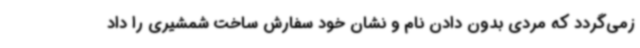
زمی‌گردد که مردی بدون دادن نام و نشان خود سفارش ساخت شمشیری را داد